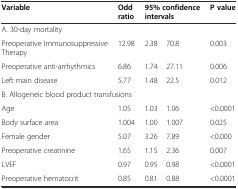
<table><thead><tr><td><b>Variable</b></td><td><b>Odd ratio</b></td><td><b>95% confidence intervals</b></td><td><b>P value</b></td></tr></thead><tbody><tr><td colspan="4">A. 30-day mortality</td></tr><tr><td>Preoperative Immunosuppressive Therapy</td><td>12.98</td><td>2.38 – 70.8</td><td>0.003</td></tr><tr><td>Preoperative anti-arrhythmics</td><td>6.86</td><td>1.74 – 27.11</td><td>0.006</td></tr><tr><td>Left main disease</td><td>5.77</td><td>1.48 – 22.5</td><td>0.012</td></tr><tr><td colspan="4">B. Allogeneic blood product transfusions</td></tr><tr><td>Age</td><td>1.05</td><td>1.03 – 1.06</td><td>&lt;0.0001</td></tr><tr><td>Body surface area</td><td>1.004</td><td>1.00 – 1.007</td><td>0.025</td></tr><tr><td>Female gender</td><td>5.07</td><td>3.26 – 7.89</td><td>&lt;0.000</td></tr><tr><td>Preoperative creatinine</td><td>1.65</td><td>1.15 – 2.36</td><td>0.007</td></tr><tr><td>LVEF</td><td>0.97</td><td>0.95 – 0.98</td><td>&lt;0.0001</td></tr><tr><td>Preoperative hematocrit</td><td>0.85</td><td>0.81 – 0.88</td><td>&lt;0.0001</td></tr></tbody></table>